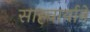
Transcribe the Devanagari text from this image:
साह्चार्याने